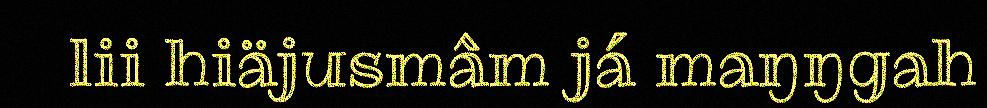
lii hiäjusmâm já maŋŋgah